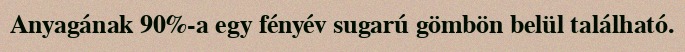
Anyagának 90%-a egy fényév sugarú gömbön belül található.